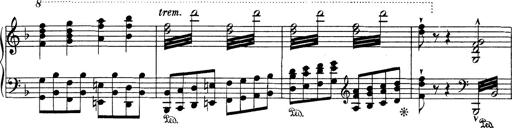
Title: Variationen Ã¼ber das Motiv von Bach
Composer: Franz Liszt